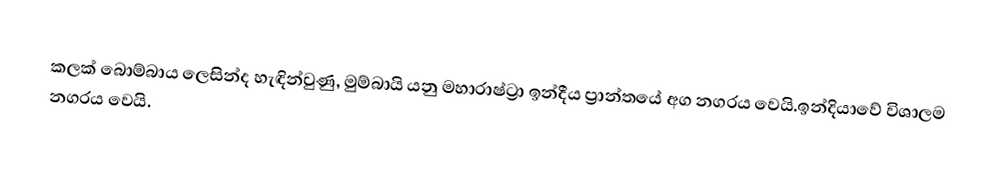
කලක් බොම්බාය ලෙසින්ද හැඳින්වුණු, මුම්බායි යනු  මහාරාෂ්ට්‍රා ඉන්දීය ප්‍රාන්තයේ අග නගරය වෙයි.ඉන්දියාවේ විශාලම නගරය වෙයි.